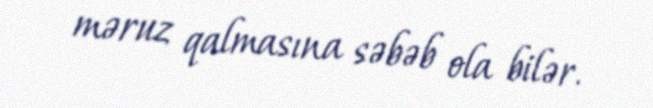
məruz qalmasına səbəb ola bilər.